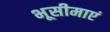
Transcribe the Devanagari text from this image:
भूसीमाएं